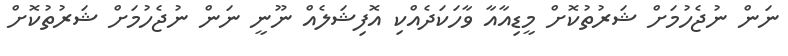
ނަން ނުޖެހުމަށް ޝަރުތުކޮށް މީޑިއާއާ ވާހަކަދެއްކި އޮފިޝަލެއް ނޫނީ ނަން ނުޖެހުމަށް ޝަރުތުކޮށް